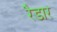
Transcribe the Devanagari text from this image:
रैडार